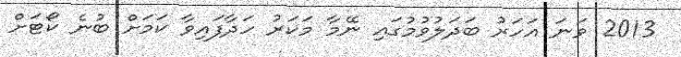
2013 ވަނަ އަހަރު ބަދަލުވުމުގައި ނޭމާ މަކަރު ހަދާފައިވާ ކަމަށް ބުނެ ކޯޓަށް